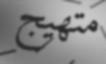
متھيج